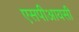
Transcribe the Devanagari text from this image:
एसपीआयसी